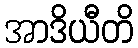
အာဒိယီတိ